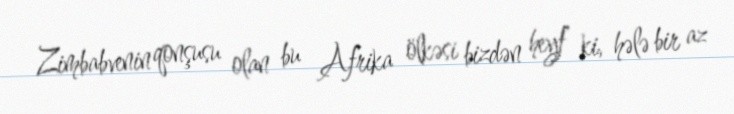
Zimbabvenin qonşusu olan bu Afrika ölkəsi bizdən heyf ki, hələ bir az